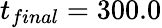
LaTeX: t_{final}=300.0